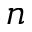
n